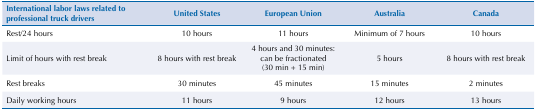
| International labor laws related to professional truck drivers | United States | European Union | Australia | Canada |
 | --- | --- | --- | --- | --- |
 | Rest/24 hours | 10 hours | 11 hours | Minimum of 7 hours | 10 hours |
 | Limit of hours with rest break | 8 hours with rest break | 4 hours and 30 minutes: can be fractionated (30 min + 15 min) | 5 hours | 8 hours with rest break |
 | Rest breaks | 30 minutes | 45 minutes | 15 minutes | 2 minutes |
 | Daily working hours | 11 hours | 9 hours | 12 hours | 13 hours |